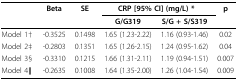
<table><thead><tr><td></td><td><b>Beta</b></td><td><b>SE</b></td><td colspan="2"><b>CRP [95% CI] (mg/L) *</b></td><td><b>p</b></td></tr><tr><td></td><td></td><td></td><td><b>G/G319</b></td><td><b>S/G + S/S319</b></td><td></td></tr></thead><tbody><tr><td>Model 1†</td><td>-0.3525</td><td>0.1498</td><td>1.65 (1.23-2.22)</td><td>1.16 (0.93-1.46)</td><td>0.02</td></tr><tr><td>Model 2‡</td><td>-0.2803</td><td>0.1351</td><td>1.65 (1.26-2.15)</td><td>1.24 (0.95-1.62)</td><td>0.04</td></tr><tr><td>Model 3§</td><td>-0.3310</td><td>0.1215</td><td>1.66 (1.31-2.11)</td><td>1.19 (0.94-1.51)</td><td>0.007</td></tr><tr><td>Model 4∥</td><td>-0.2635</td><td>0.1008</td><td>1.64 (1.35-2.00)</td><td>1.26 (1.04-1.54)</td><td>0.009</td></tr></tbody></table>